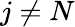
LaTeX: j\neq N